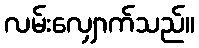
လမ်းလျှောက်သည်။